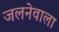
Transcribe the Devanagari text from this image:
जलनेवाला